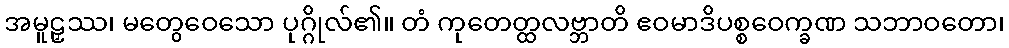
အမူဠှဿ၊ မတွေဝေသော ပုဂ္ဂိုလ်၏။ တံ ကုတေတ္ထလဗ္ဘာတိ ဧဝမာဒိပစ္စဝေက္ခဏ သဘာဝတော၊